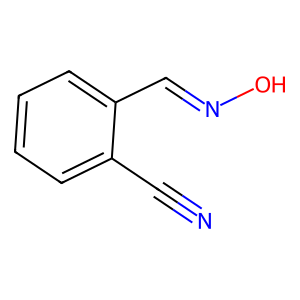
SMILES: N#Cc1ccccc1C=NO
Inhibits HIV replication: No